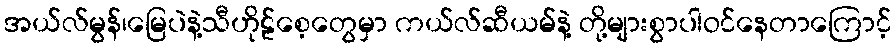
အယ်လ်မွန်၊မြေပဲနဲ့သီဟိုဠ်စေ့တွေမှာ ကယ်လ်ဆီယမ်နဲ့ တို့များစွာပါဝင်နေတာကြောင့်